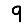
Digit: 9